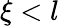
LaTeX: \xi<l